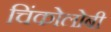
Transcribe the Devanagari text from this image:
चिंकोलोबी